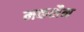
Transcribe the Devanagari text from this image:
मकशैन